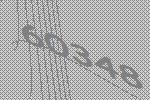
60348